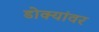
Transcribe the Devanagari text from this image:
डोक्यांवर